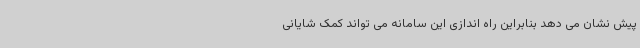
پیش نشان می دهد بنابراین راه اندازی این سامانه می تواند کمک شایانی